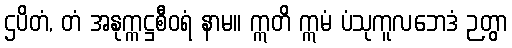
ဌပိတံ, တံ အနုက္ကဋ္ဌစီဝရံ နာမ။ ဣတိ ဣမံ ပံသုကူလဘေဒံ ဉတွာ